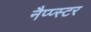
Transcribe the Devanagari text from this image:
नैप्प्स्टर